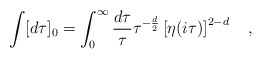
\begin{align*}\int [d\tau]_0=\int_0^{\infty}\frac{d\tau}{\tau}\tau^{-\frac{d}{2}}\left[\eta(i\tau)\right]^{2-d}\quad,\end{align*}